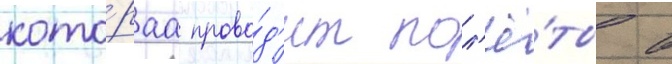
кото́раа прово́д'ит пол'ё́ты в